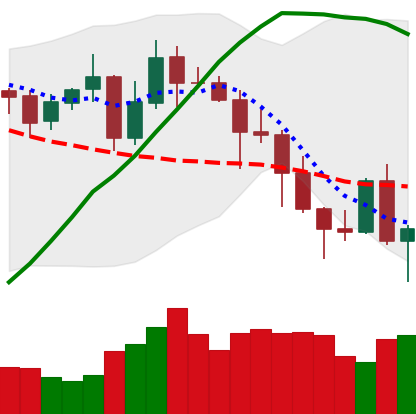
Ticker: ADA-USD
Chart end date: 2020-11-03
Forward return: 14.114%
Label: up_7plus